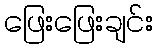
ဖြေးဖြေးချင်း